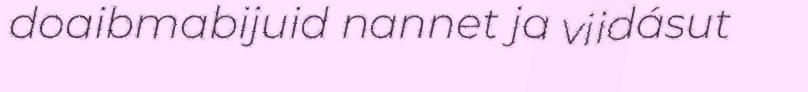
doaibmabijuid nannet ja viidásut